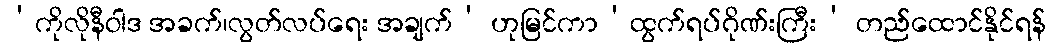
‘ကိုလိုနီဝါဒ အခက်၊လွတ်လပ်ရေး အချက်’ ဟုမြင်ကာ‘ထွက်ရပ်ဂိုဏ်းကြီး’ တည်ထောင်နိုင်ရန်